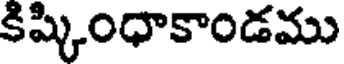
కిష్కింధాకాండము